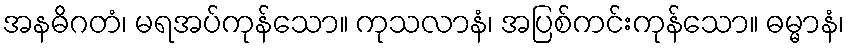
အနဓိဂတံ၊ မရအပ်ကုန်သော။ ကုသလာနံ၊ အပြစ်ကင်းကုန်သော။ ဓမ္မာနံ၊